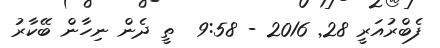
ފެބްރުއަރީ 28